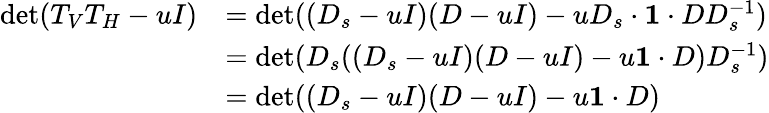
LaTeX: \begin{array}{rl}{\operatorname*{det}(T_{V}T_{H}-uI)}&{=\operatorname*{det}((D_{s}-uI)(D-uI)-uD_{s}\cdot\mathbf{1}\cdot DD_{s}^{-1})}\\ &{=\operatorname*{det}(D_{s}((D_{s}-uI)(D-uI)-u\mathbf{1}\cdot D)D_{s}^{-1})}\\ &{=\operatorname*{det}((D_{s}-uI)(D-uI)-u\mathbf{1}\cdot D)}\end{array}